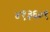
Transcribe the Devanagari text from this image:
४१३६०९